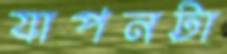
যাপনটা